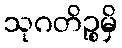
သုဂတိဉ္စမှိ